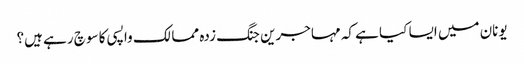
یونان میں ایسا کیا ہے کہ مہاجرین جنگ زدہ ممالک واپسی کا سوچ رہے ہیں؟